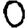
Digit: 0